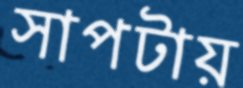
সাপটায়